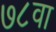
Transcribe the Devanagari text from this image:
७८वा